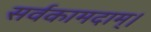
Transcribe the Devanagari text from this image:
सर्वकामदाम्‌।